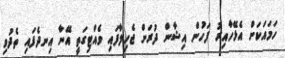
ހަމައަކަށް އެޅޭހާއިރު ފަހުން އިޝާން ދުރަށް ޖެހިލާފައި ވެއްޓިގަތީ އޭނާ އިނދެފައި ތެދުވި